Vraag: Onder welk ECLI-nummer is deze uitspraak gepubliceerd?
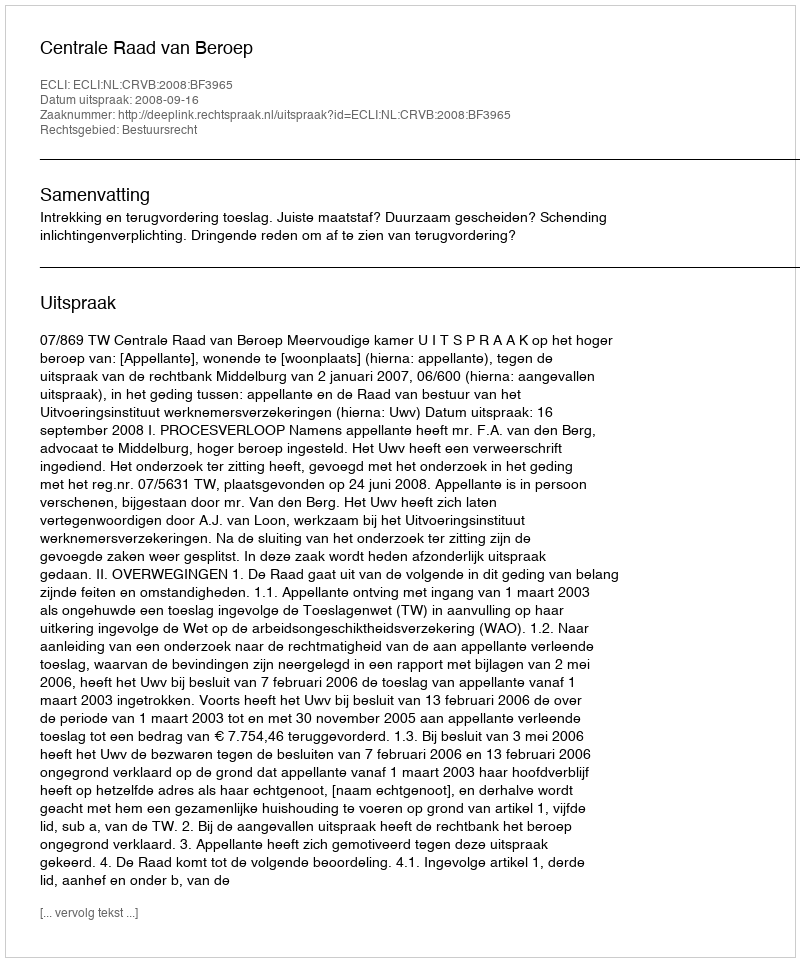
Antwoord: ECLI:NL:CRVB:2008:BF3965